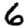
Digit: 6